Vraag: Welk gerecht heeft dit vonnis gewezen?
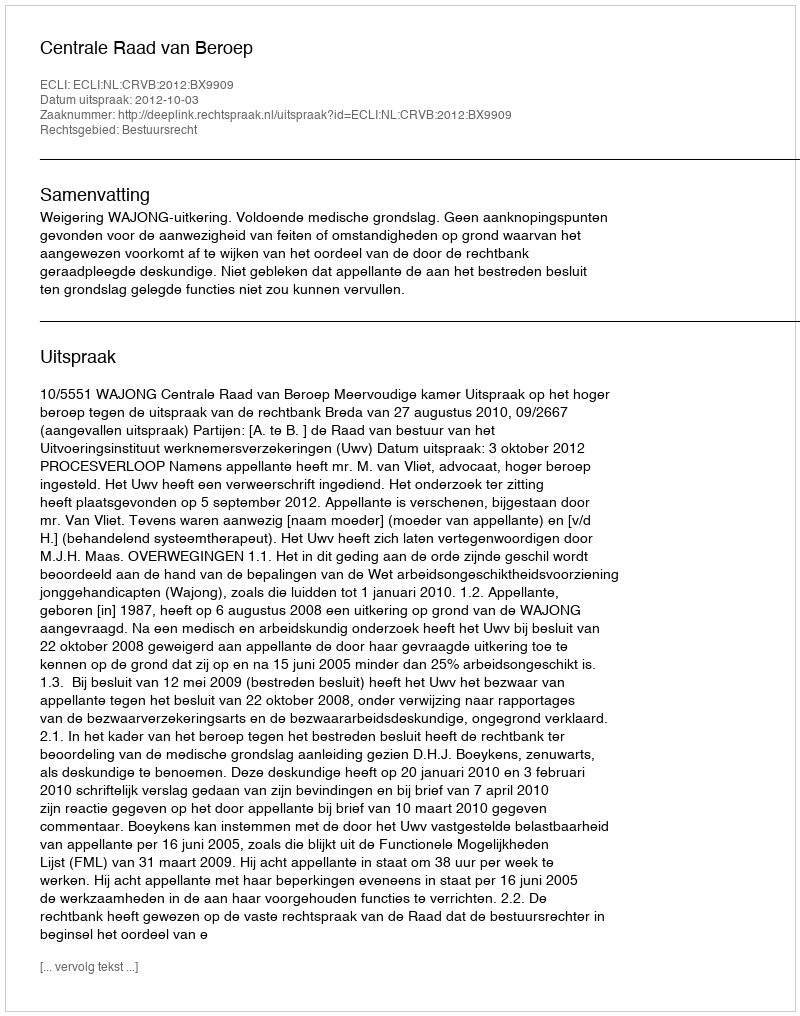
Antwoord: Centrale Raad van Beroep